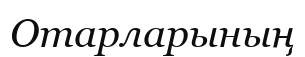
Отарларының